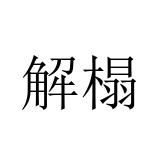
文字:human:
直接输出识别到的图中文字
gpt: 解榻